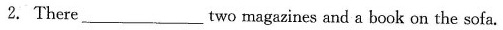
2. There ___ two magazines and a book on the sofa.